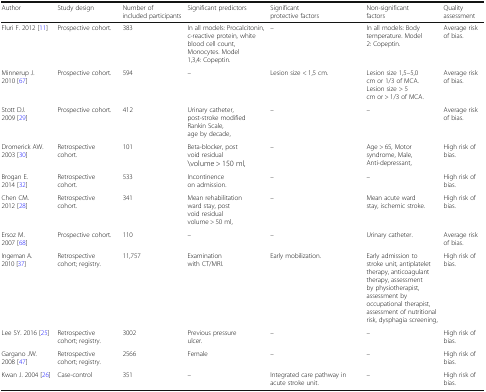
| Author | Study design | Number of included participants | Significant predictors | Significant protective factors | Non-significant factors | Quality assessment |
 | --- | --- | --- | --- | --- | --- | --- |
 | Fluri F. 2012 [11] | Prospective cohort. | 383 | In all models: Procalcitonin, c-reactive protein, white blood cell count, Monocytes. Model 1,3,4: Copeptin. | – | In all models: Body temperature. Model 2: Copeptin. | Average risk of bias. |
 | Minnerup J. 2010 [67] | Prospective cohort. | 594 | – | Lesion size < 1,5 cm. | Lesion size 1,5–5,0 cm or 1/3 of MCA. Lesion size > 5 cm or > 1/3 of MCA. | Average risk of bias. |
 | Stott DJ. 2009 [29] | Prospective cohort. | 412 | Urinary catheter, post-stroke modified Rankin Scale, age by decade, | – | – | Average risk of bias. |
 | Dromerick AW. 2003 [30] | Retrospective cohort. | 101 | Beta-blocker, post void residual \volume > 150 ml, | – | Age > 65, Motor syndrome, Male, Anti-depressant, | High risk of bias. |
 | Brogan E. 2014 [32] | Retrospective cohort. | 533 | Incontinence on admission. | – | – | High risk of bias. |
 | Chen CM. 2012 [28] | Retrospective cohort. | 341 | Mean rehabilitation ward stay, post void residual volume > 50 ml, | – | Mean acute ward stay, ischemic stroke. | High risk of bias. |
 | Ersoz M. 2007 [68] | Prospective cohort. | 110 | – | – | Urinary catheter. | Average risk of bias. |
 | Ingeman A. 2010 [37] | Retrospective cohort; registry. | 11,757 | Examination with CT/MRI. | Early mobilization. | Early admission to stroke unit, antiplatelet therapy, anticoagulant therapy, assessment by physiotherapist, assessment by occupational therapist, assessment of nutritional risk, dysphagia screening, | High risk of bias. |
 | Lee SY. 2016 [25] | Retrospective cohort; registry. | 3002 | Previous pressure ulcer. | – | – | High risk of bias. |
 | Gargano JW. 2008 [47] | Retrospective cohort; registry. | 2566 | Female | – | – | High risk of bias. |
 | Kwan J. 2004 [26] | Case-control | 351 | – | Integrated care pathway in acute stroke unit. | – | High risk of bias. |